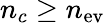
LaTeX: n_{c}\geq n_{\mathrm{ev}}